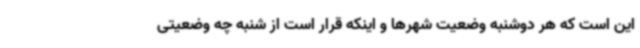
این است که هر دوشنبه وضعیت شهرها و اینکه قرار است از شنبه چه وضعیتی